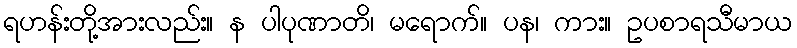
ရဟန်းတို့အားလည်း။ န ပါပုဏာတိ၊ မရောက်။ ပန၊ ကား။ ဥပစာရသီမာယ